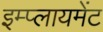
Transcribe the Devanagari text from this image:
इम्प्लायमेंट